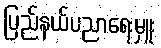
ပြည်နယ်ပညာရေးမှူး